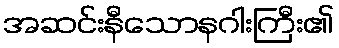
အဆင်းနီသောနဂါးကြီး၏